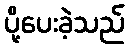
ပို့ပေးခဲ့သည်